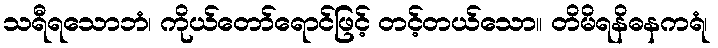
သရီရသောဘံ၊ ကိုယ်တော်ရောင်ဖြင့် တင့်တယ်သော။ တိမိရနိဓနကရံ၊